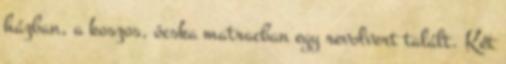
házban, a koszos, ócska matracban egy revolvert talált. Két